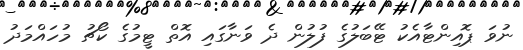
ނުވަ ޕޮއިންޓާއެކު ޓޭބަލުގެ ފުލުން ދެ ވަނާގައި އޮތް ޓީމުގެ ކޯޗު މުހައްމަދު